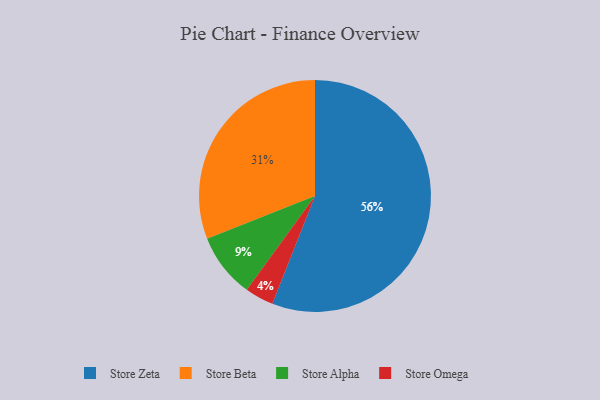
{"axis": {"x": "Category", "y": "Percentage"}, "legend": ["Store Alpha", "Store Beta", "Store Omega", "Store Zeta"], "data": [{"x": "Store Beta", "y": 31, "type": "Store Beta"}, {"x": "Store Zeta", "y": 56, "type": "Store Zeta"}, {"x": "Store Alpha", "y": 9, "type": "Store Alpha"}, {"x": "Store Omega", "y": 4, "type": "Store Omega"}]}